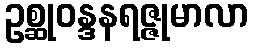
ဥစ္ဆုဝန္ဒနရဇ္ဇုမာလာ